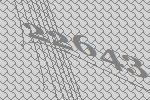
22643